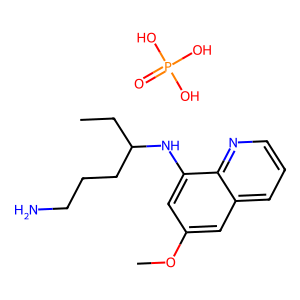
SMILES: CCC(CCCN)Nc1cc(OC)cc2cccnc12.O=P(O)(O)O
Inhibits HIV replication: No